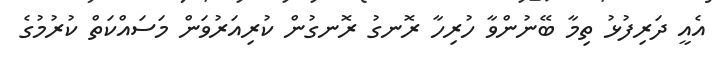
އެއީ ދަރިފުޅު ތިމާ ބޭނުންވާ ހުރިހާ ރޮނގު ރޮނގުން ކުރިއަރުވަން މަސައްކަތް ކުރުމުގެ